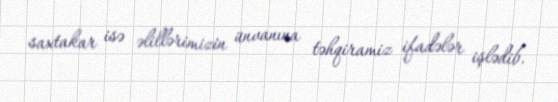
saxtakar isə əlillərimizin ünvanına təhqiramiz ifadələr işlədib.